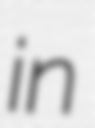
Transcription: in